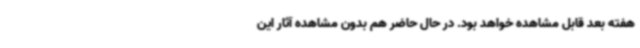
هفته بعد قابل مشاهده خواهد بود. در حال حاضر هم بدون مشاهده آثار این